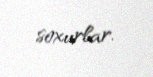
soxurlar.